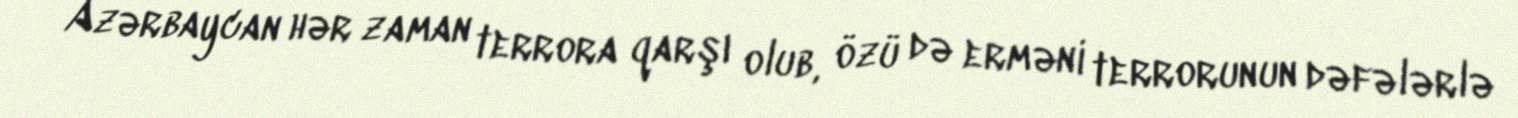
Azərbaycan hər zaman terrora qarşı olub, özü də erməni terrorunun dəfələrlə